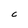
Character: C